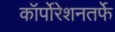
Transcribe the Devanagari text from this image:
कॉर्पोरेशनतर्फे